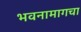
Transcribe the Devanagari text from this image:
भवनामागचा